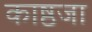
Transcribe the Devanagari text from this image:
काष्ठजा